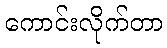
ကောင်းလိုက်တာ